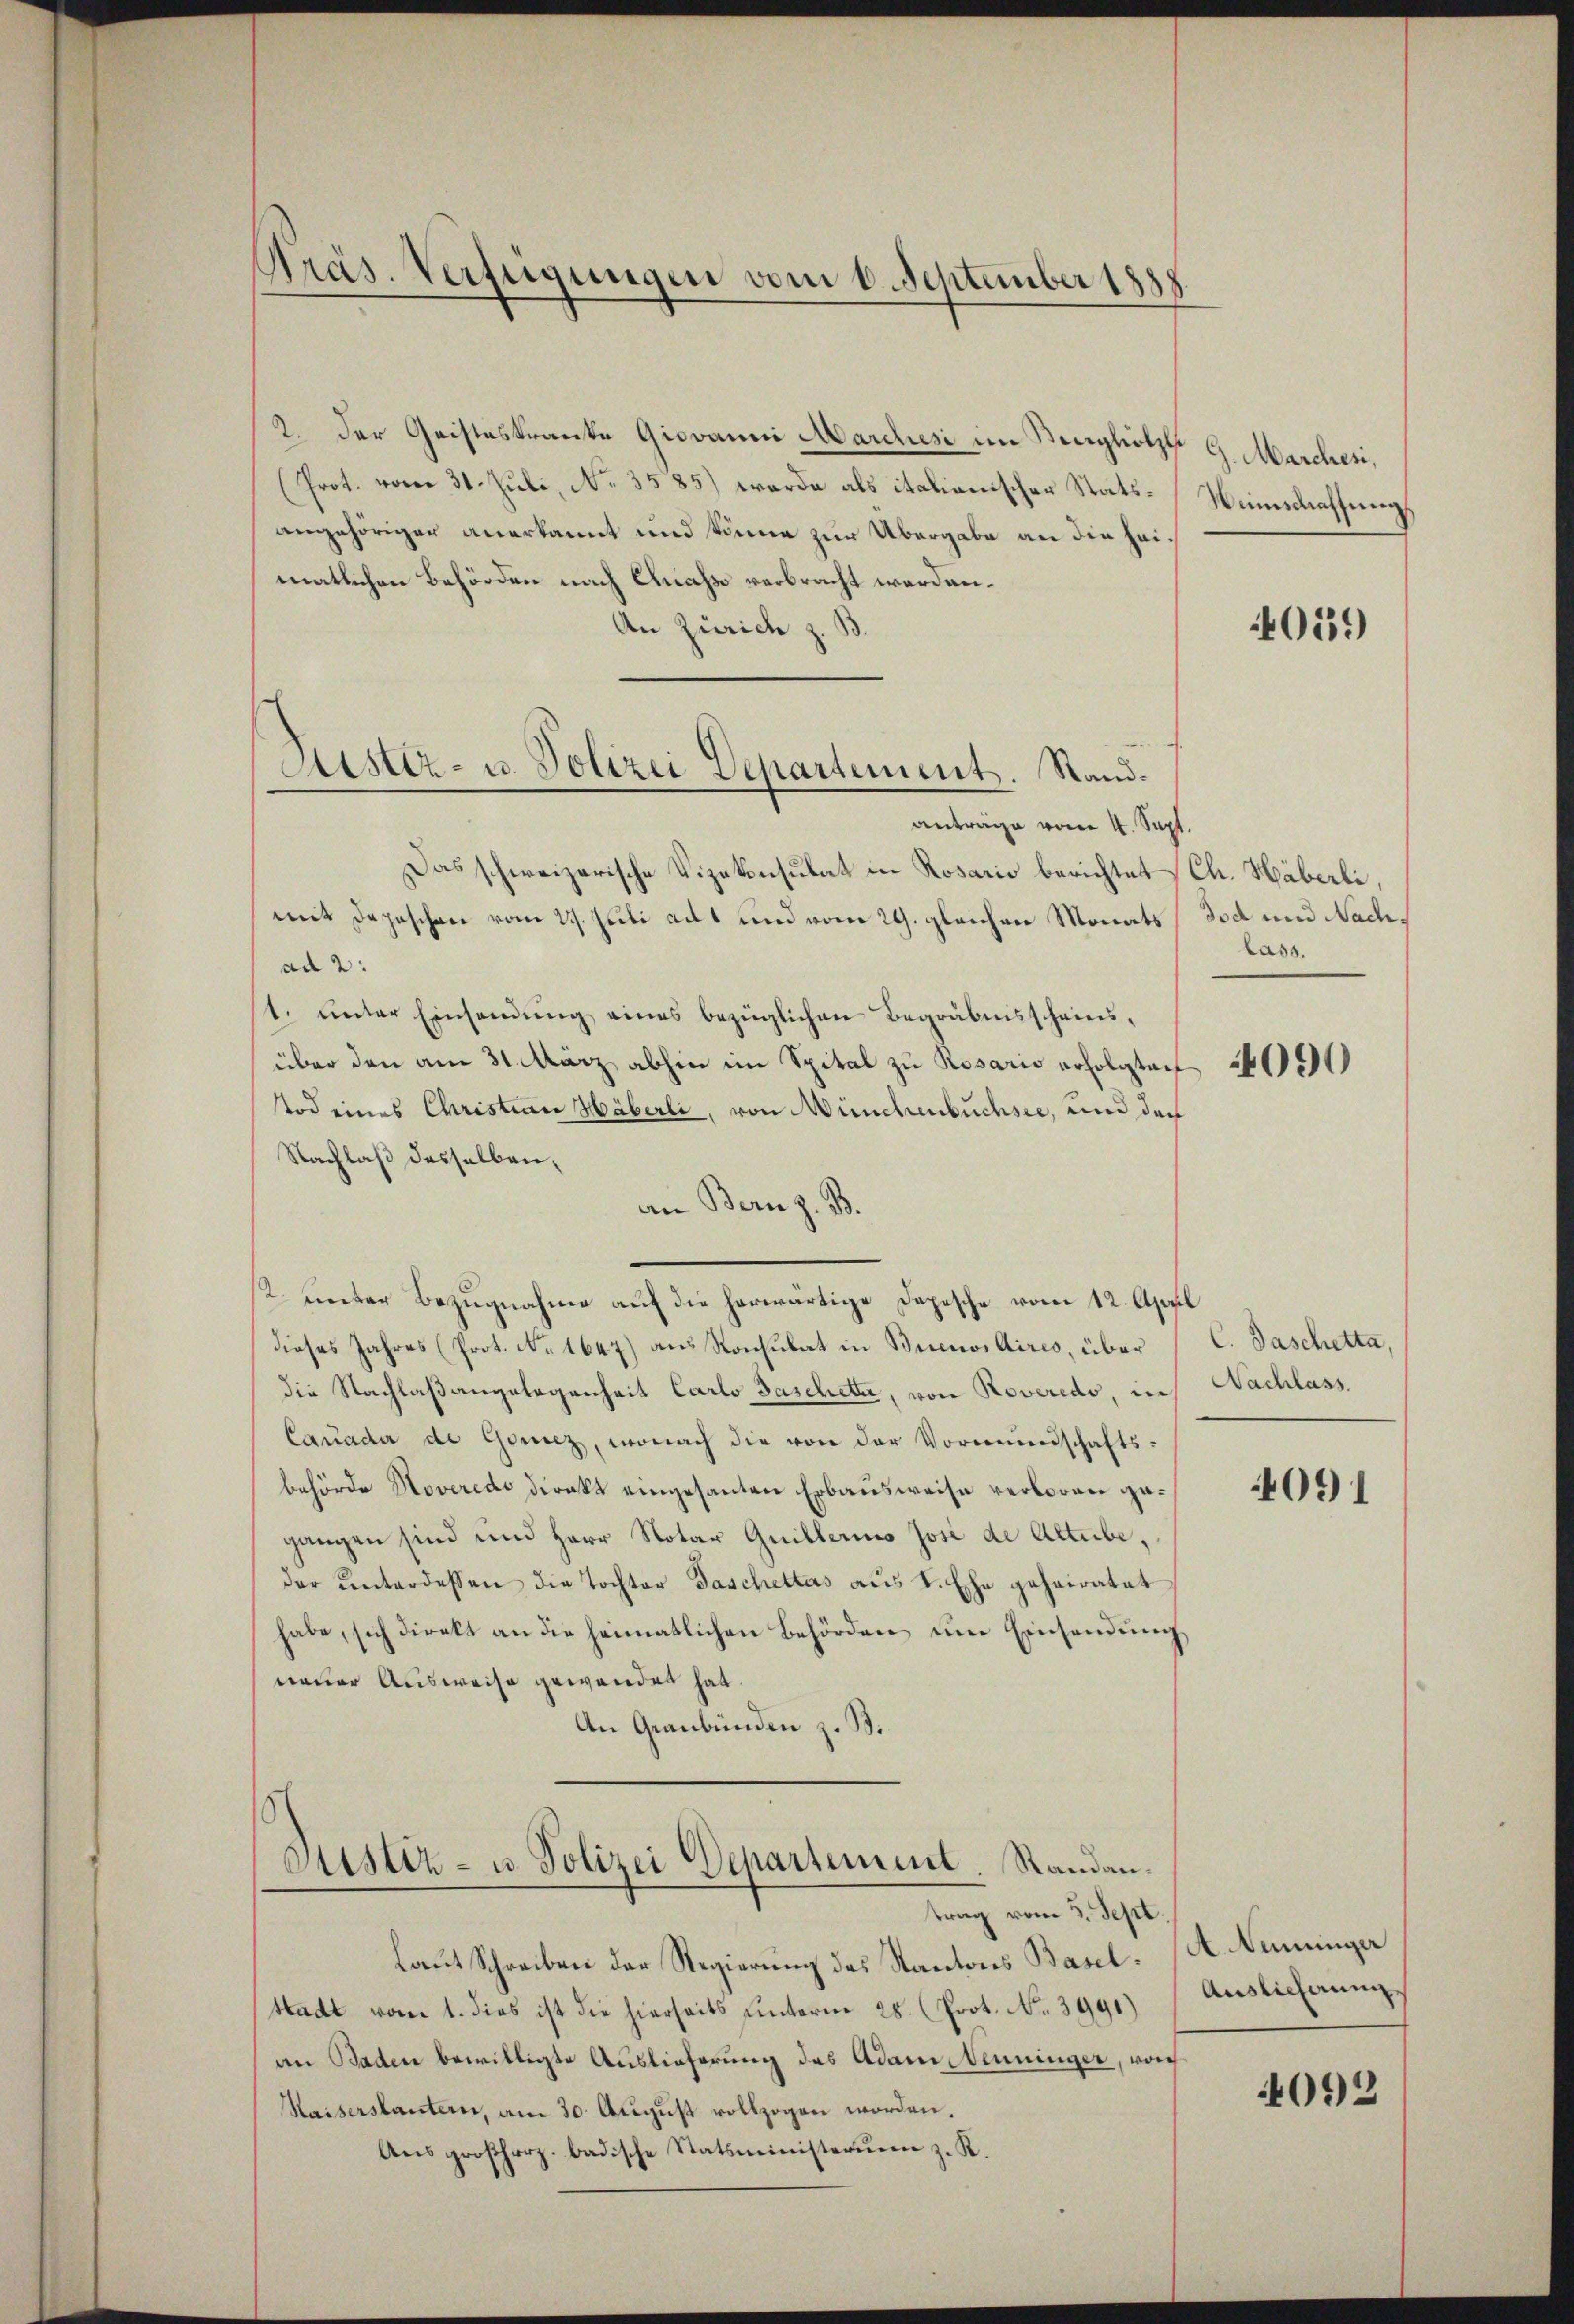
.
träs. Verfügungen vom 1. September 1858.

2. Der Geisteskranke Giovanni Marchesi im Konglotzk 9. Marchen,
(Prot. vom 31. Juli, No. 3585) werde als italienischer Statsangehöriger anerkannt und könne zur Übergabe an die Heimatlichen Behörden nach Chiasso verbracht worden.
An Zürich z. B.
antrage vom 4. Sept
Das schweizerische Vizekonsulat in Rosario berichtet
mit Depeschen vom 29. Juli adt und vom 29. gleichen Monats
ad 2:
1. unter Einsamung eines bezüglichen Begräbensscheinsüber den am 31. März abhin im Spital zu Rosario erfolgten
Nod eines Christian Häberli, von Münchenbuchsee, und der
Nachlaß desselben,
an Bern z. B.
2. unter Bezugnahme auf die herwärtige Depesche vom 12. April
dieses Jahres (Prot. No 1647) aus Konsulat in Buenos Aires, über
die Nachlaßangelegenheit Carlo Taschete, von Roveredo, in
Cauader de Ganz, wonach die von der Vormundschafts-
behörde Noveredo direkt eingesanten Erbausweise verboren gegangen sind und Herr Notar Guillerino José de Altube,
der unterdessen die Tochter Taschettes aus L. Ehe geheiratet
habe, sich direkt an die heimatlichen Behörden um Einsendung
neuer Ausweise gewenden hat.
An Graubünden z. B.

Aister- u. Polizei Departement. Stand¬

Justiz- u. Polizei Departement. Randantrag vom 3. Sept.

laut Schreiben der Regierung des Kantons Basel¬
Stadt vom 1. dies ist die hierseits unterm 28. Prot. No. 3991)
an Baden bewilligte Auslieferung des Adam Senninger, woh
Waiserstanten, am 30. Aŭgŭst vollzogen worden.
Aus großherz. badische Statsministerium z. R.

Wünschaftung

059

.
Ch. Häberli,
Tod und Nachlass.

4090

C. Paschetta
Nachlass.

091

A. Nüninger
Auslieferung

4092